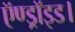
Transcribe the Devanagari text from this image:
ऍण्ड्रॉइड।